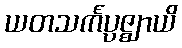
ယတသင်္ကပ္ပဇ္ဈာယိ